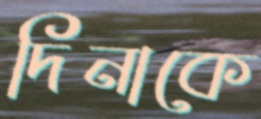
দিনাকে